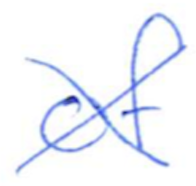
Text: of
Cross-out: cross
Writing tool: ballpoint